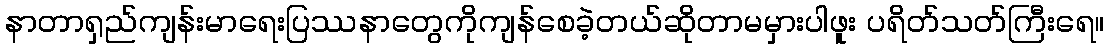
နာတာရှည်ကျန်းမာရေးပြဿနာတွေကိုကျန်စေခဲ့တယ်ဆိုတာမမှားပါဖူး ပရိတ်သတ်ကြီးရေ။